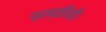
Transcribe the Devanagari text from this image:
प्राप्तियों।